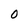
Character: 0